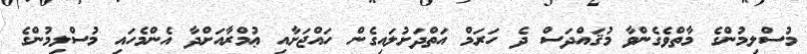
މުސްލިމުންގެ މާތްވެގެންވާ މުޤައްދަސް ދެ ހަރަމް އަތްދަށުލައިގެން ހައްޖަށާއި ޢުމްރާއަށްދާ އެންމެހައި މުސްލިމުންގެ